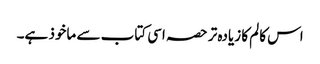
اس کالم کا زیادہ تر حصہ اسی کتاب سے ماخوذ ہے۔